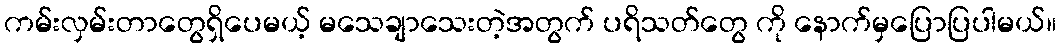
ကမ်းလှမ်းတာတွေရှိပေမယ့် မသေချာသေးတဲ့အတွက် ပရိသတ်တွေ ကို နောက်မှပြောပြပါမယ်။